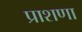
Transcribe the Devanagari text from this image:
प्राशणा